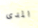
المدى